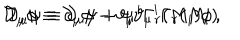
LaTeX: \mathcal { D } _ { \mu } \phi \equiv \partial _ { \mu } \phi - \vartheta _ { \mu } { } ^ { i } \Gamma _ { r } ( M _ { i } ) \phi \, , \hspace { 1 c m } \mathcal { D } _ { \mu } \psi \equiv \partial _ { \mu } \psi + \psi \vartheta _ { \mu } { } ^ { i } \Gamma _ { r } ( M _ { i } ) \,